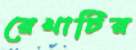
রেখাটির